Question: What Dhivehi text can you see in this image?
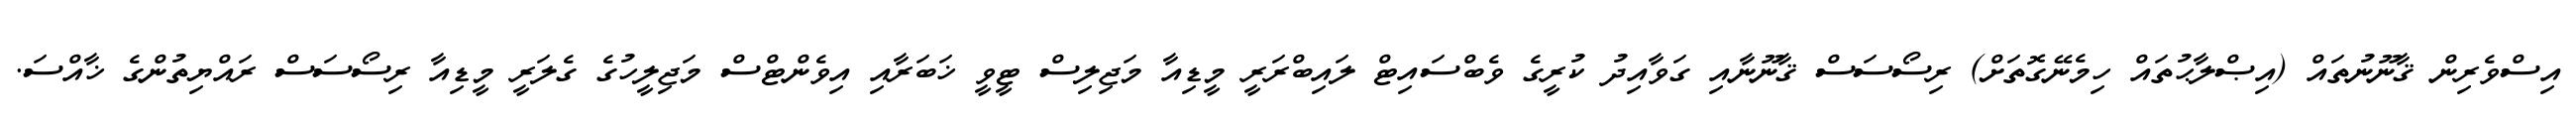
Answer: އިސްވެރިން ޤާނޫނުތައް (އިޞްލާޙުތައް ހިމެނޭގޮތަށް) ރިސޯސަސް ޤާނޫނާއި ގަވާއިދު ކުރީގެ ވެބްސައިޓް ލައިބްރަރީ މީޑިއާ މަޖިލިސް ޓީވީ ޚަބަރާއި އިވެންޓްސް މަޖިލީހުގެ ގެލަރީ މީޑިއާ ރިސޯސަސް ރައްޔިތުންގެ ޚާއްސަ.